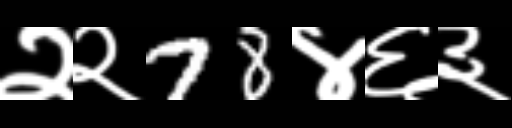
Text: २२78४६३